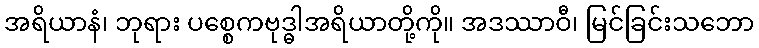
အရိယာနံ၊ ဘုရား ပစ္စေကဗုဒ္ဓါအရိယာတို့ကို။ အဒဿာဝီ၊ မြင်ခြင်းသဘော